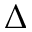
\Delta